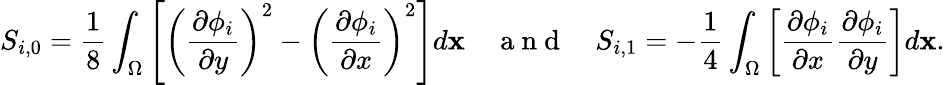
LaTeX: S_{i,0}=\frac{1}{8}\int_{\Omega}\left[\left(\frac{\partial\phi_{i}}{\partial y}\right)^{2}-\left(\frac{\partial\phi_{i}}{\partial x}\right)^{2}\right]d\mathbf{x}\quad\mathrm{~a~n~d~}\quad S_{i,1}=-\frac{1}{4}\int_{\Omega}\left[\frac{\partial\phi_{i}}{\partial x}\frac{\partial\phi_{i}}{\partial y}\right]d\mathbf{x}.